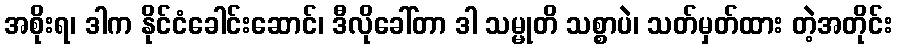
အစိုးရ၊ ဒါက နိုင်ငံခေါင်းဆောင်၊ ဒီလိုခေါ်တာ ဒါ သမ္မုတိ သစ္စာပဲ၊ သတ်မှတ်ထား တဲ့အတိုင်း